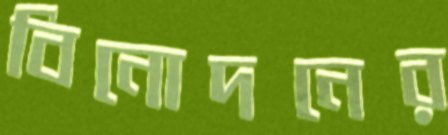
বিনোদনের